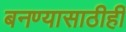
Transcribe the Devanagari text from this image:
बनण्यासाठीही